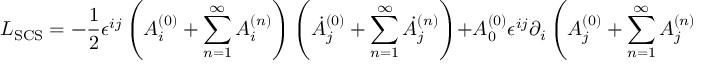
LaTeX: { \cal L } _ { \mathrm { S C S } } = - \frac { 1 } { 2 } \epsilon ^ { i j } \left( A _ { i } ^ { ( 0 ) } + \sum _ { n = 1 } ^ { \infty } A _ { i } ^ { ( n ) } \right) \left( \dot { A } _ { j } ^ { ( 0 ) } + \sum _ { n = 1 } ^ { \infty } \dot { A } _ { j } ^ { ( n ) } \right) + A _ { 0 } ^ { ( 0 ) } \epsilon ^ { i j } \partial _ { i } \left( A _ { j } ^ { ( 0 ) } + \sum _ { n = 1 } ^ { \infty } A _ { j } ^ { ( n ) } \right)